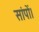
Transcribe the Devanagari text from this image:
सांपों।